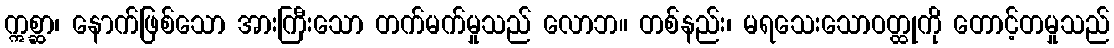
ဣစ္ဆာ၊ နောက်ဖြစ်သော အားကြီးသော တက်မက်မှုသည် လောဘ။ တစ်နည်း၊ မရသေးသောဝတ္ထုကို တောင့်တမှုသည်